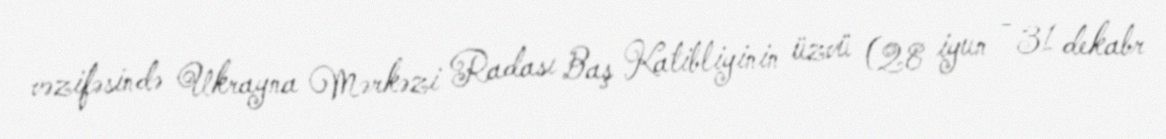
vəzifəsində Ukrayna Mərkəzi Radası Baş Katibliyinin üzvü (28 iyun - 31 dekabr